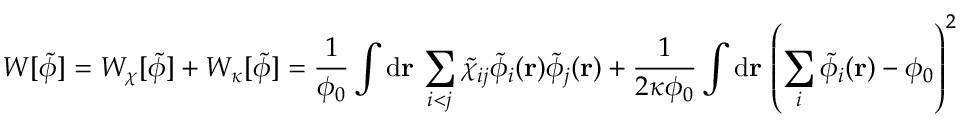
W [ \tilde { \phi } ] = W _ { \chi } [ \tilde { \phi } ] + W _ { \kappa } [ \tilde { \phi } ] = \frac { 1 } { \phi _ { 0 } } \int \mathrm { d } \mathbf { r } \, \sum _ { i < j } \tilde { \chi } _ { i j } \tilde { \phi } _ { i } ( \mathbf { r } ) \tilde { \phi } _ { j } ( \mathbf { r } ) + \frac { 1 } { 2 \kappa \phi _ { 0 } } \int \mathrm { d } \mathbf { r } \, \left( \sum _ { i } \tilde { \phi } _ { i } ( \mathbf { r } ) - \phi _ { 0 } \right) ^ { 2 }